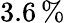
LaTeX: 3.6\, \%